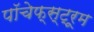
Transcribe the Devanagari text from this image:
पॉचेफ्स्ट्रूम